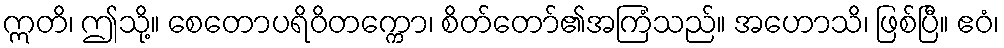
ဣတိ၊ ဤသို့။ စေတောပရိဝိတက္ကော၊ စိတ်တော်၏အကြံသည်။ အဟောသိ၊ ဖြစ်ပြီ။ ဧဝံ၊